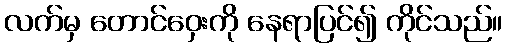
လက်မှ တောင်ဝှေးကို နေရာပြင်၍ ကိုင်သည်။